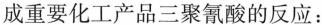
成重要化工产品三聚氰酸的反应：